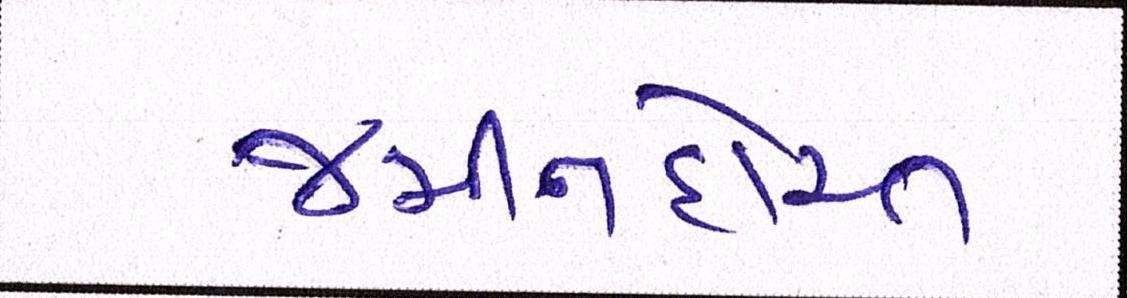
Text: જમીનદોસ્ત